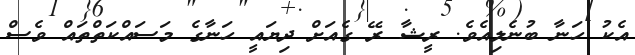
އެކު ހަނާ ބުނެލިއެވެ. ރީޝާ ރޭ ގެއަށް ދިޔައީ ހަނާގެ މަސައްކަތްްތައް ވެސް